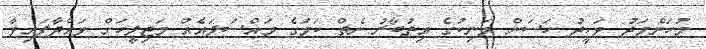
މުހަންމަދު ވަހީދު ހަސަން މަނިކުގެ އިތުބާރު ނެތް ކަމުގެ މައްސަލައެއް މަޖިލީހަށް ވައްދާފައިވާ